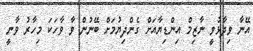
އޭނާާ ވިދާޅުވީ ނާޒިމް އިންޑިޔާއަށް ގެންދިޔުމަށް ބޭނުން ވާ ވާހަކަ މިހާރު ވާނީ